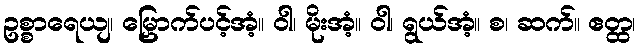
ဥစ္စာရေယျ၊ မြှောက်ပင့်အံ့။ ဝါ၊ မိုးအံ့။ ဝါ၊ ရွယ်အံ့။ စ၊ ဆက်။ ဧတ္ထ၊